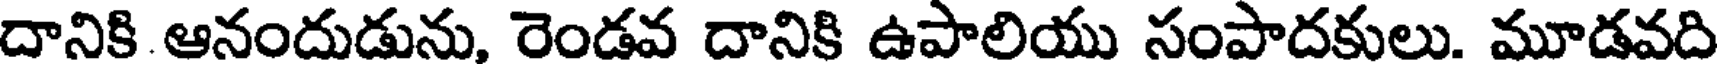
దానికి ఆనందుడును, రెండవ దానికి ఉపాలియు సంపాదకులు. మూడవది